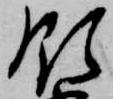
領